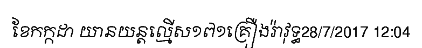
ខែកក្កដា យានយន្តល្មើស១៧១គ្រឿងរ៉ាវុទ្ធ28/7/2017 12:04